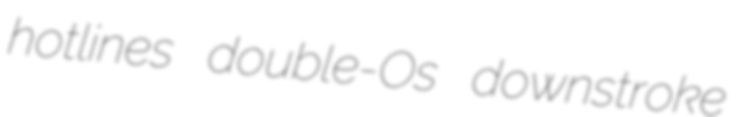
hotlines double-Os downstroke